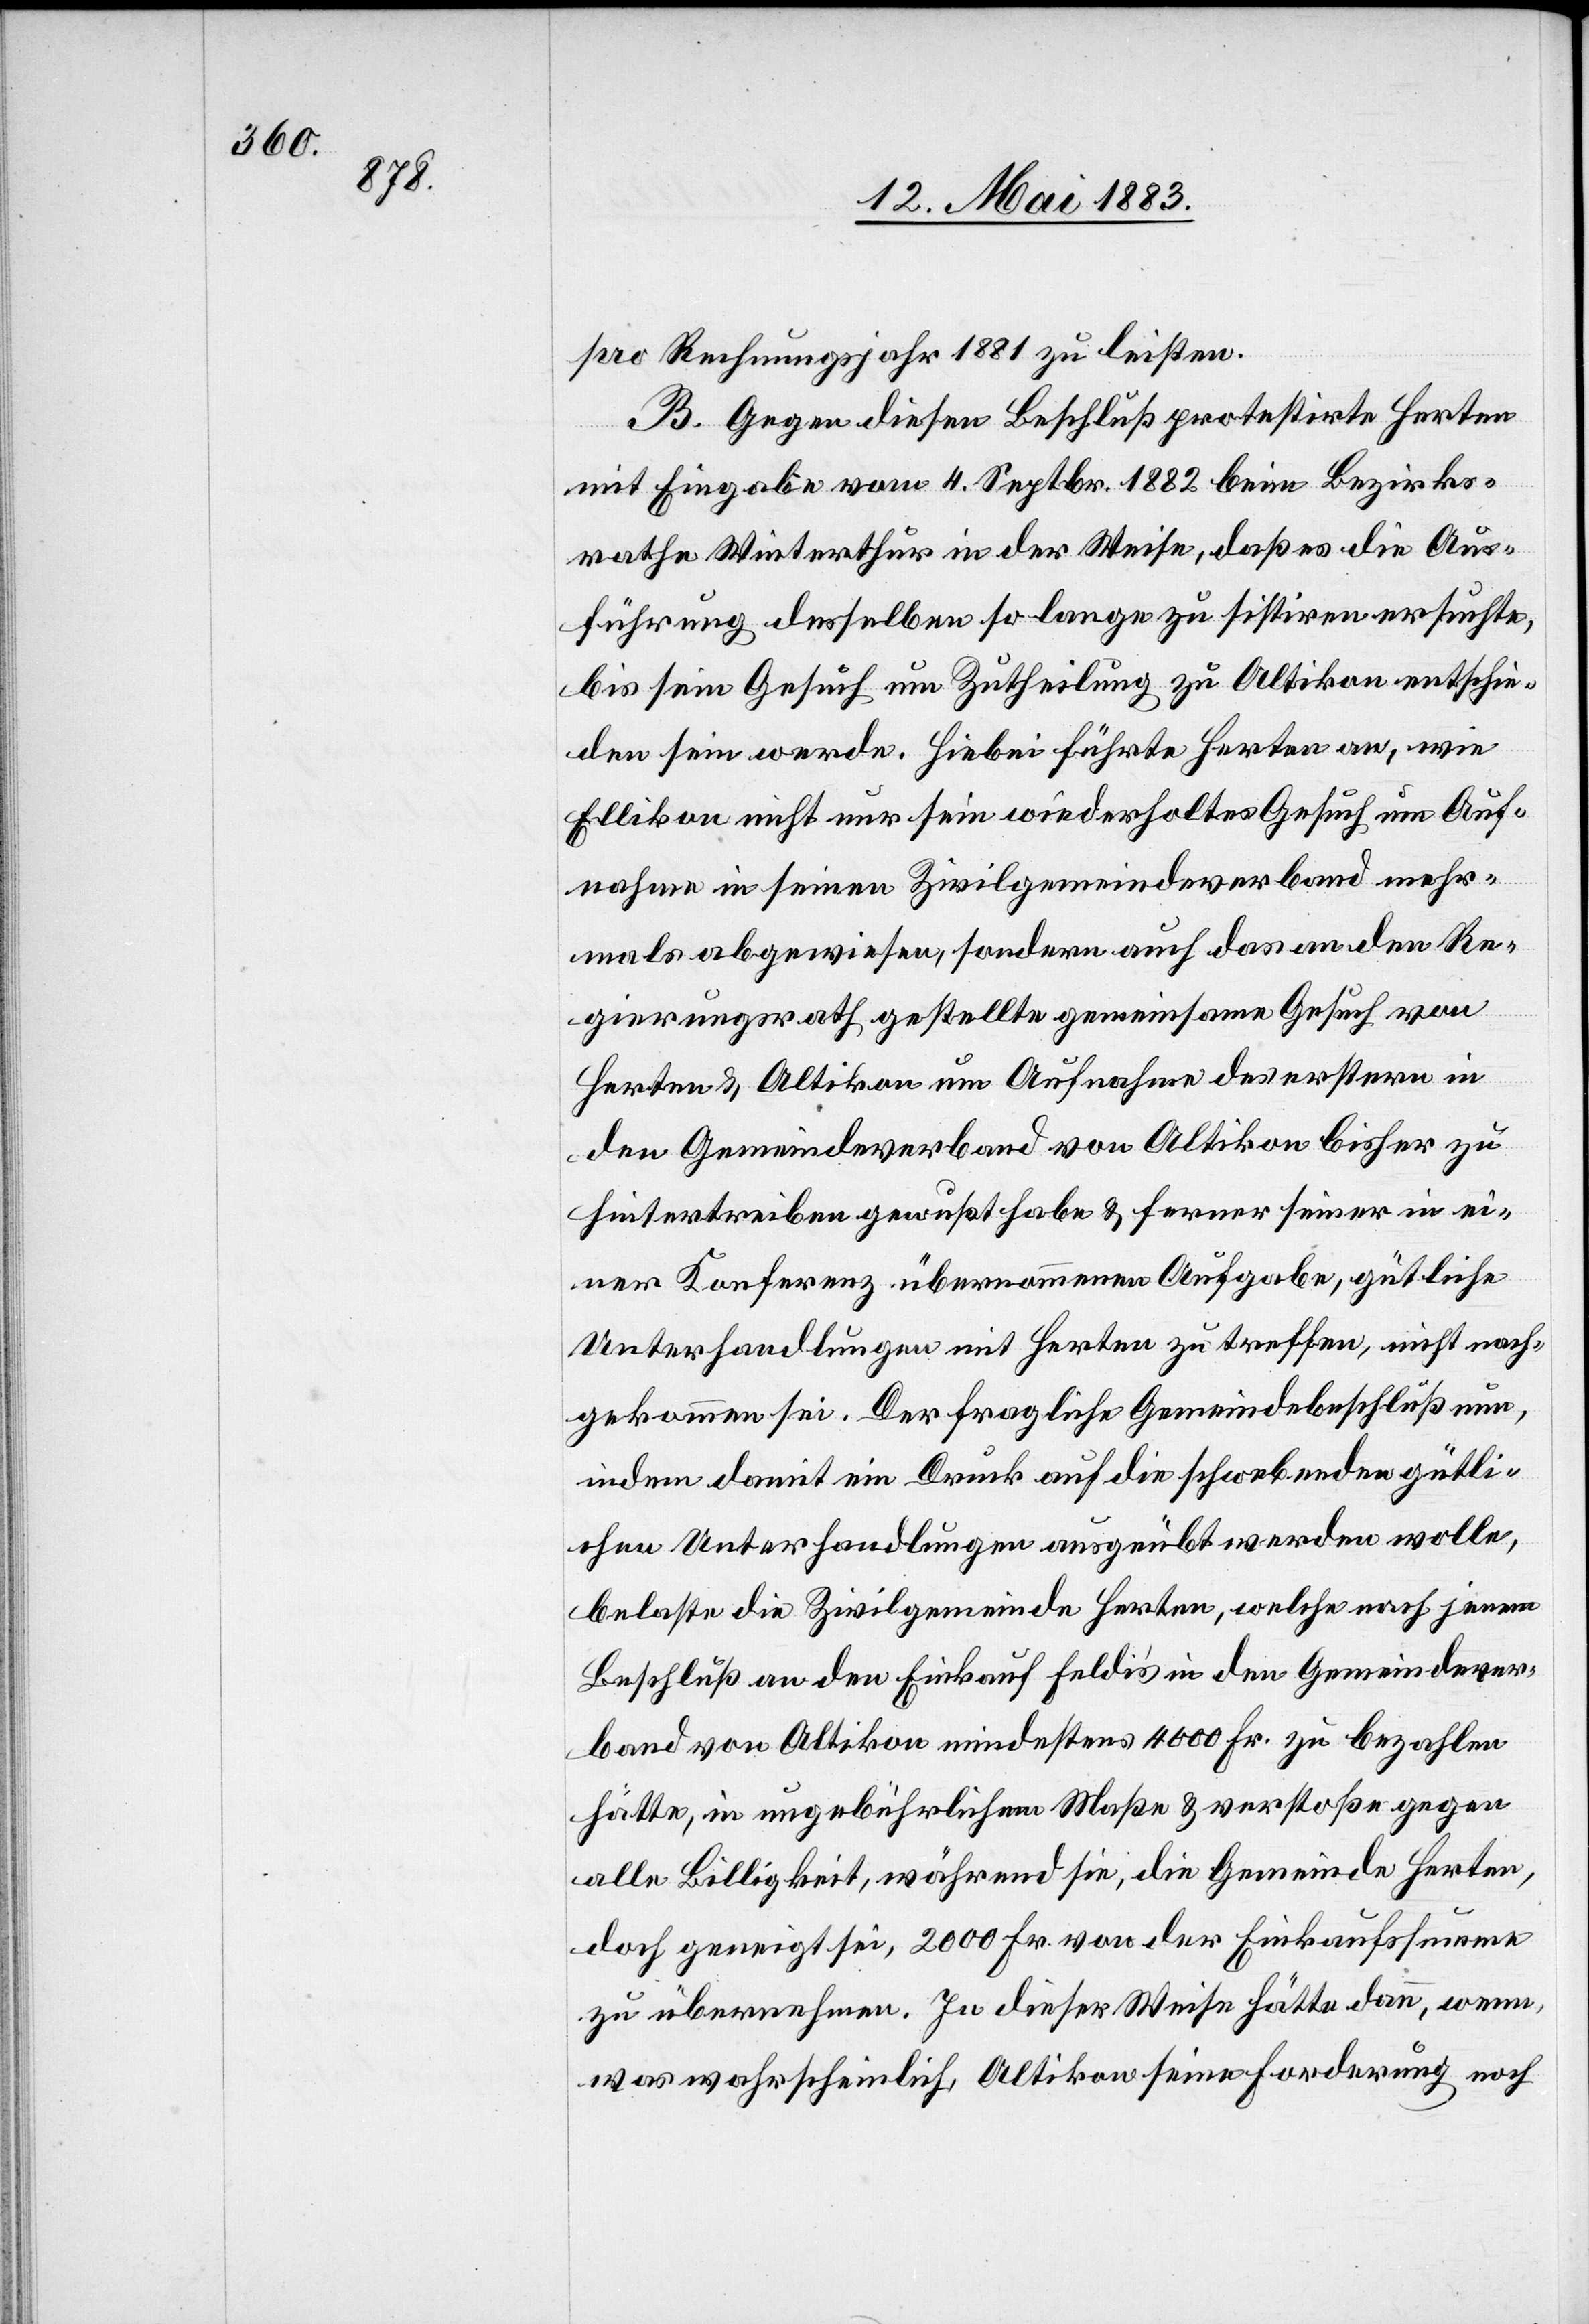
pro Rechnungsjahr 1881 zu leisten.
B. Gegen diesen Beschluß protestirte Herten
mit Eingabe vom 4. Septbr. 1882 beim Bezirks¬
rathe Winterthur in der Weise, daß es die Aus¬
führung desselben so lange zu sistiren ersuchte,
bis sein Gesuch um Zutheilung zu Altikon entschie¬
den sein werde. Hiebei führte Herten an, wie
Ellikon nicht nur sein wiederholtes Gesuch um Auf¬
nahme in seinen Zivilgemeindeverband mehr¬
mals abgewiesen, sondern auch das an den Re¬
gierungsrath gestellte gemeinsame Gesuch von
Herten & Altikon um Aufnahme des erstern in
den Gemeindeverband von Altikon bisher zu
hintertreiben gewußt habe & ferner seiner in ei¬
ner Konferenz übernommenen Aufgabe, gütliche
Unterhandlungen mit Herten zu treffen, nicht nach¬
gekommen sei. Der fragliche Gemeindebeschluß nun,
indem damit ein Druck auf die schwebenden gütli¬
chen Unterhandlungen ausgeübt werden wolle,
belaste die Zivilgemeinde Herten, welche nach jenem
Beschluß an den Einkauf Feldi’s in den Gemeindever¬
band von Altikon mindestens 4000 Fr. zu bezahlen
hätte, in ungebührlichem Maße & verstoße gegen
alle Billigkeit, während sie, die Gemeinde Herten,
doch geneigt sei, 2000 Fr. von der Einkaufssumme
zu übernehmen. In dieser Weise hätte dann, wenn,
was wahrscheinlich, Altikon seine Forderung noch